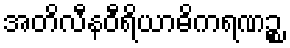
အတိလီနဝီရိယာဓိကရဏဉ္စ